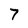
Character: 7